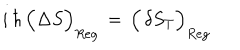
i \, \hbar \, \Big ( \Delta S \Big ) _ { R e g } \, = \, \Big ( \, \delta S _ { T } \Big ) _ { R e g }